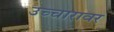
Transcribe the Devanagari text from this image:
उच्चारावर